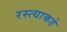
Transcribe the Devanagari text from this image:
रस्त्याकडे